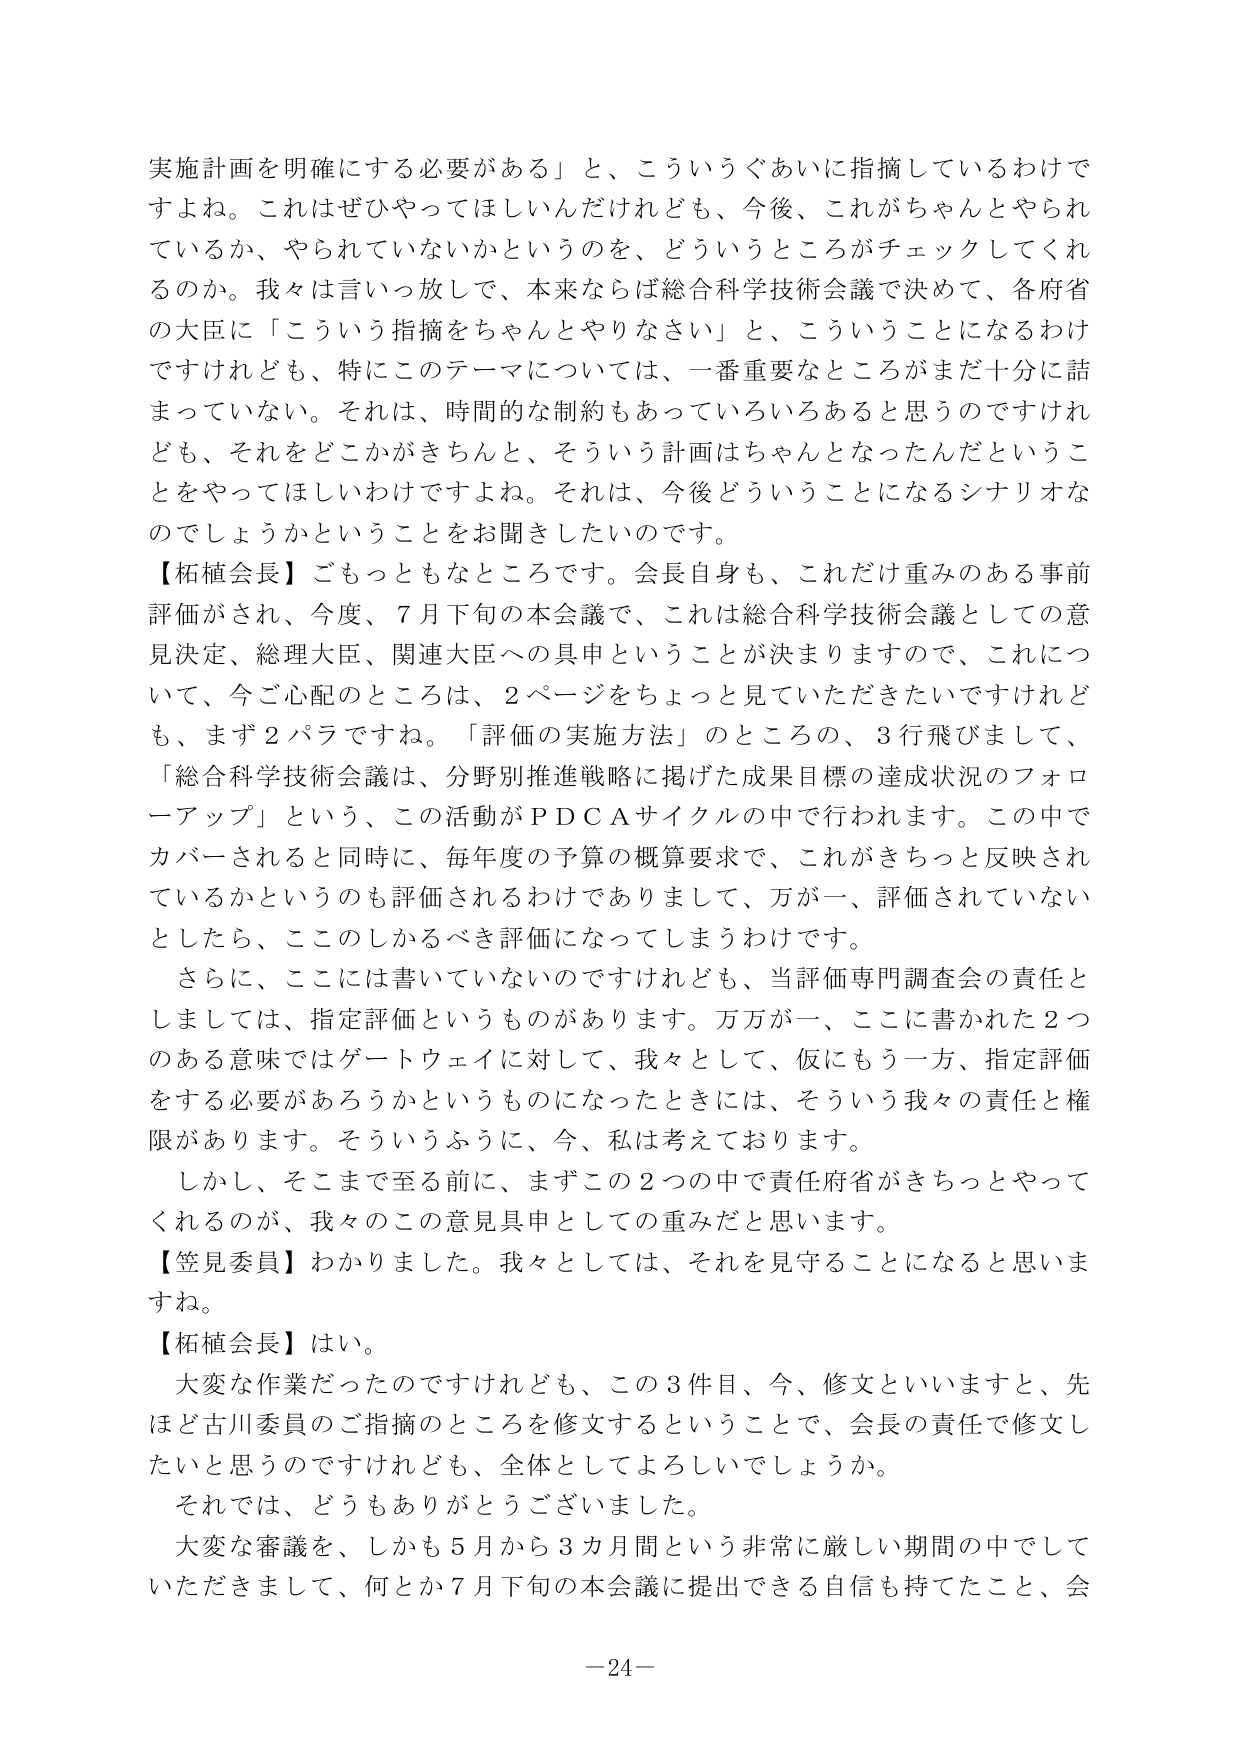
実施計画を明確にする必要がある」と、こういうぐあいに指摘しているわけですよね。これはぜひやってほしいんだけども、今後、これがちゃんとやられているか、やられていないかというのを、どういうところがチェックしてくれるのか。我々は言いっ放しで、本来ならば総合科学技術会議で決めて、各府省の大臣に「こういう指摘をちゃんとやりなさい」と、こういうことになるわけですがけれども、特にこのテーマについては、一番重要なところがまだ十分に詰まっていない。それは、時間的な制約もあっていろいろあると思うのですけれども、それをどこかがきちんと、そういう計画はちゃんとなったんだということをやってほしいわけですよね。それは、今後どういうことになるシナリオなのでしょうかということをお聞きしたいのです。

【柘植会長】ごもっともなところです。会長自身も、これだけ重みのある事前評価がされ、今度、7月下旬の本会議で、これは総合科学技術会議としての意見決定、総理大臣、関連大臣への具申ということが決まりますので、これについて、今ご心配のところは、2ページをちょっと見ていただきたいですけれども、まず2パラですね。「評価の実施方法」のところの、3行飛びまして、「総合科学技術会議は、分野別推進戦略に掲げた成果目標の達成状況のフォローアップ」という、この活動がPDCAサイクルの中で行われます。この中でカバーされると同時に、毎年度の予算の概算要求で、これがきちっと反映されているかというのも評価されるわけでありまして、万が一、評価されていないとしたら、このしかるべき評価になってしまうわけです。

さらに、ここには書いていないのですけれども、当評価専門調査会の責任としましては、指定評価というものがあります。万が一、ここに書かれた2つのある意味ではゲートウェイに対して、我々として、仮にもう一方、指定評価をする必要があろうかというものになったときには、そういう我々の責任と権限があります。そういうふうに、今、私は考えております。

しかし、そこまで至る前に、まずこの2つの中で責任府省がきちっとやってくれるのが、我々のこの意見具申としての重みだと思います。

【笠見委員】わかりました。我々としては、それを見守ることになると思いますね。

【柘植会長】はい。

大変な作業だったのですけれども、この3件目、今、修文といいますと、先ほど古川委員のご指摘のところを修文するということで、会長の責任で修文したいと思うのですけれども、全体としてよろしいでしょうか。

それでは、どうもありがとうございました。

大変な審議を、しかも5月から3カ月間という非常に厳しい期間の中でしていただきましたて、何とか7月下旬の本会議に提出できる自信も持てたこと、会

－24－